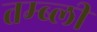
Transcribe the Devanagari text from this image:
तम्ब्ली